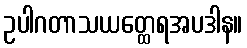
ဥပါဂတာသယတ္ထေရအပဒါန။